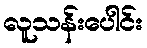
လူသန်းပေါင်း